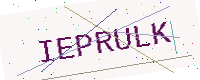
Text: IEPRULK